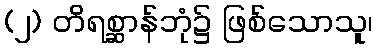
(၂) တိရစ္ဆာန်ဘုံ၌ ဖြစ်သောသူ၊